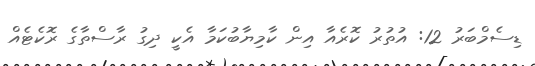
ޑިސެމްބަރު 12: އުތުރު ކޮރެއާ އިން ކާމިޔާބުކަމާ އެކީ ދިގު ރާސްތާގެ ރޮކެޓެއް